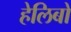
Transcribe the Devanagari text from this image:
हेलिबो